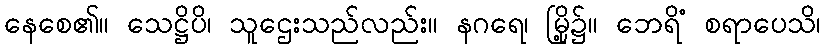
နေစေ၏။ သေဋ္ဌိပိ၊ သူဌေးသည်လည်း။ နဂရေ၊ မြို့၌။ ဘေရိံ စရာပေသိ၊